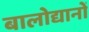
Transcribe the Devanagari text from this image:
बालोद्यानों